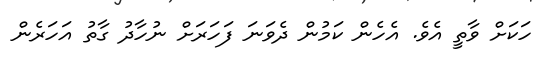
ހަކަށް ވާތީ އެވެ. އެހެން ކަމުން ދެވަނަ ފަހަރަށް ނުހާދު ގާތު އަހަރެން